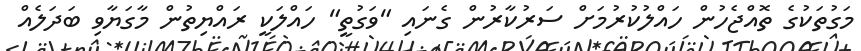
މަގުތަކުގެ ތޮއްޖެހުން ހައްލުކުރުމަށް ސަރުކާރުން ގެނައި "ވަގުތީ" ހައްލަކީ ރައްޔިތުން މާގަޔާވި ބަދަލެއް